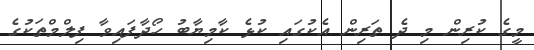
މީގެ ކުރިން މި ދެ ތަރިން އެކުގައި ކުޅެ ކާމިޔާބު ހޯދާފައިވާ ފިލްމްތަކުގެ